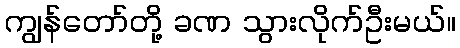
ကျွန်တော်တို့ ခဏ သွားလိုက်ဦးမယ်။